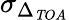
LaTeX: \sigma_{\Delta_{\mathit TOA}}